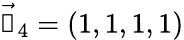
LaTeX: \vec{\mathbb{1}}_{4}=\left(1,1,1,1\right)